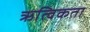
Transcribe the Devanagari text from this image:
ऋत्विकता